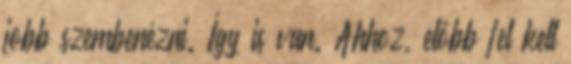
jobb szembenézni. Így is van. Ahhoz, előbb fel kell